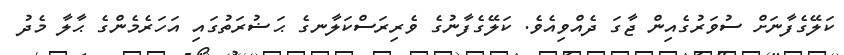
ކަލޭގެފާނަށް ސުވަރުގެއިން ޖާގަ ދެއްވިއެވެ. ކަލޭގެފާނުގެ ވެރިރަސްކަލާނގެ ޙަޟުރަތުގައި އަހަރެމެންގެ ޙާލާ މެދު